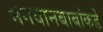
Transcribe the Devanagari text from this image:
भगवानबाबांकडे